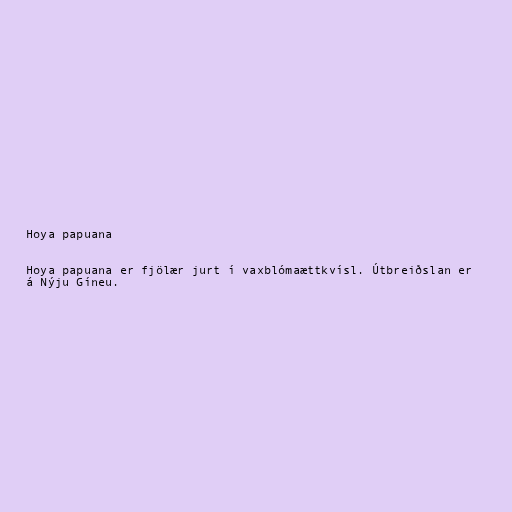
Hoya papuana

Hoya papuana er fjölær jurt í vaxblómaættkvísl. Útbreiðslan er
á Nýju Gíneu.